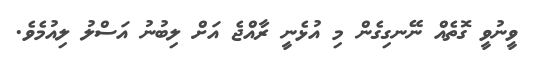
ވީނުވީ ގޮތެއް ނޭނގިގެން މި އުޅެނީ ރާއްޖެ އަށް ލިބުނު އަސްލު ލިއުމެވެ.